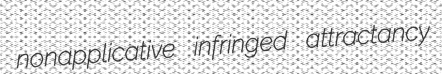
nonapplicative infringed attractancy